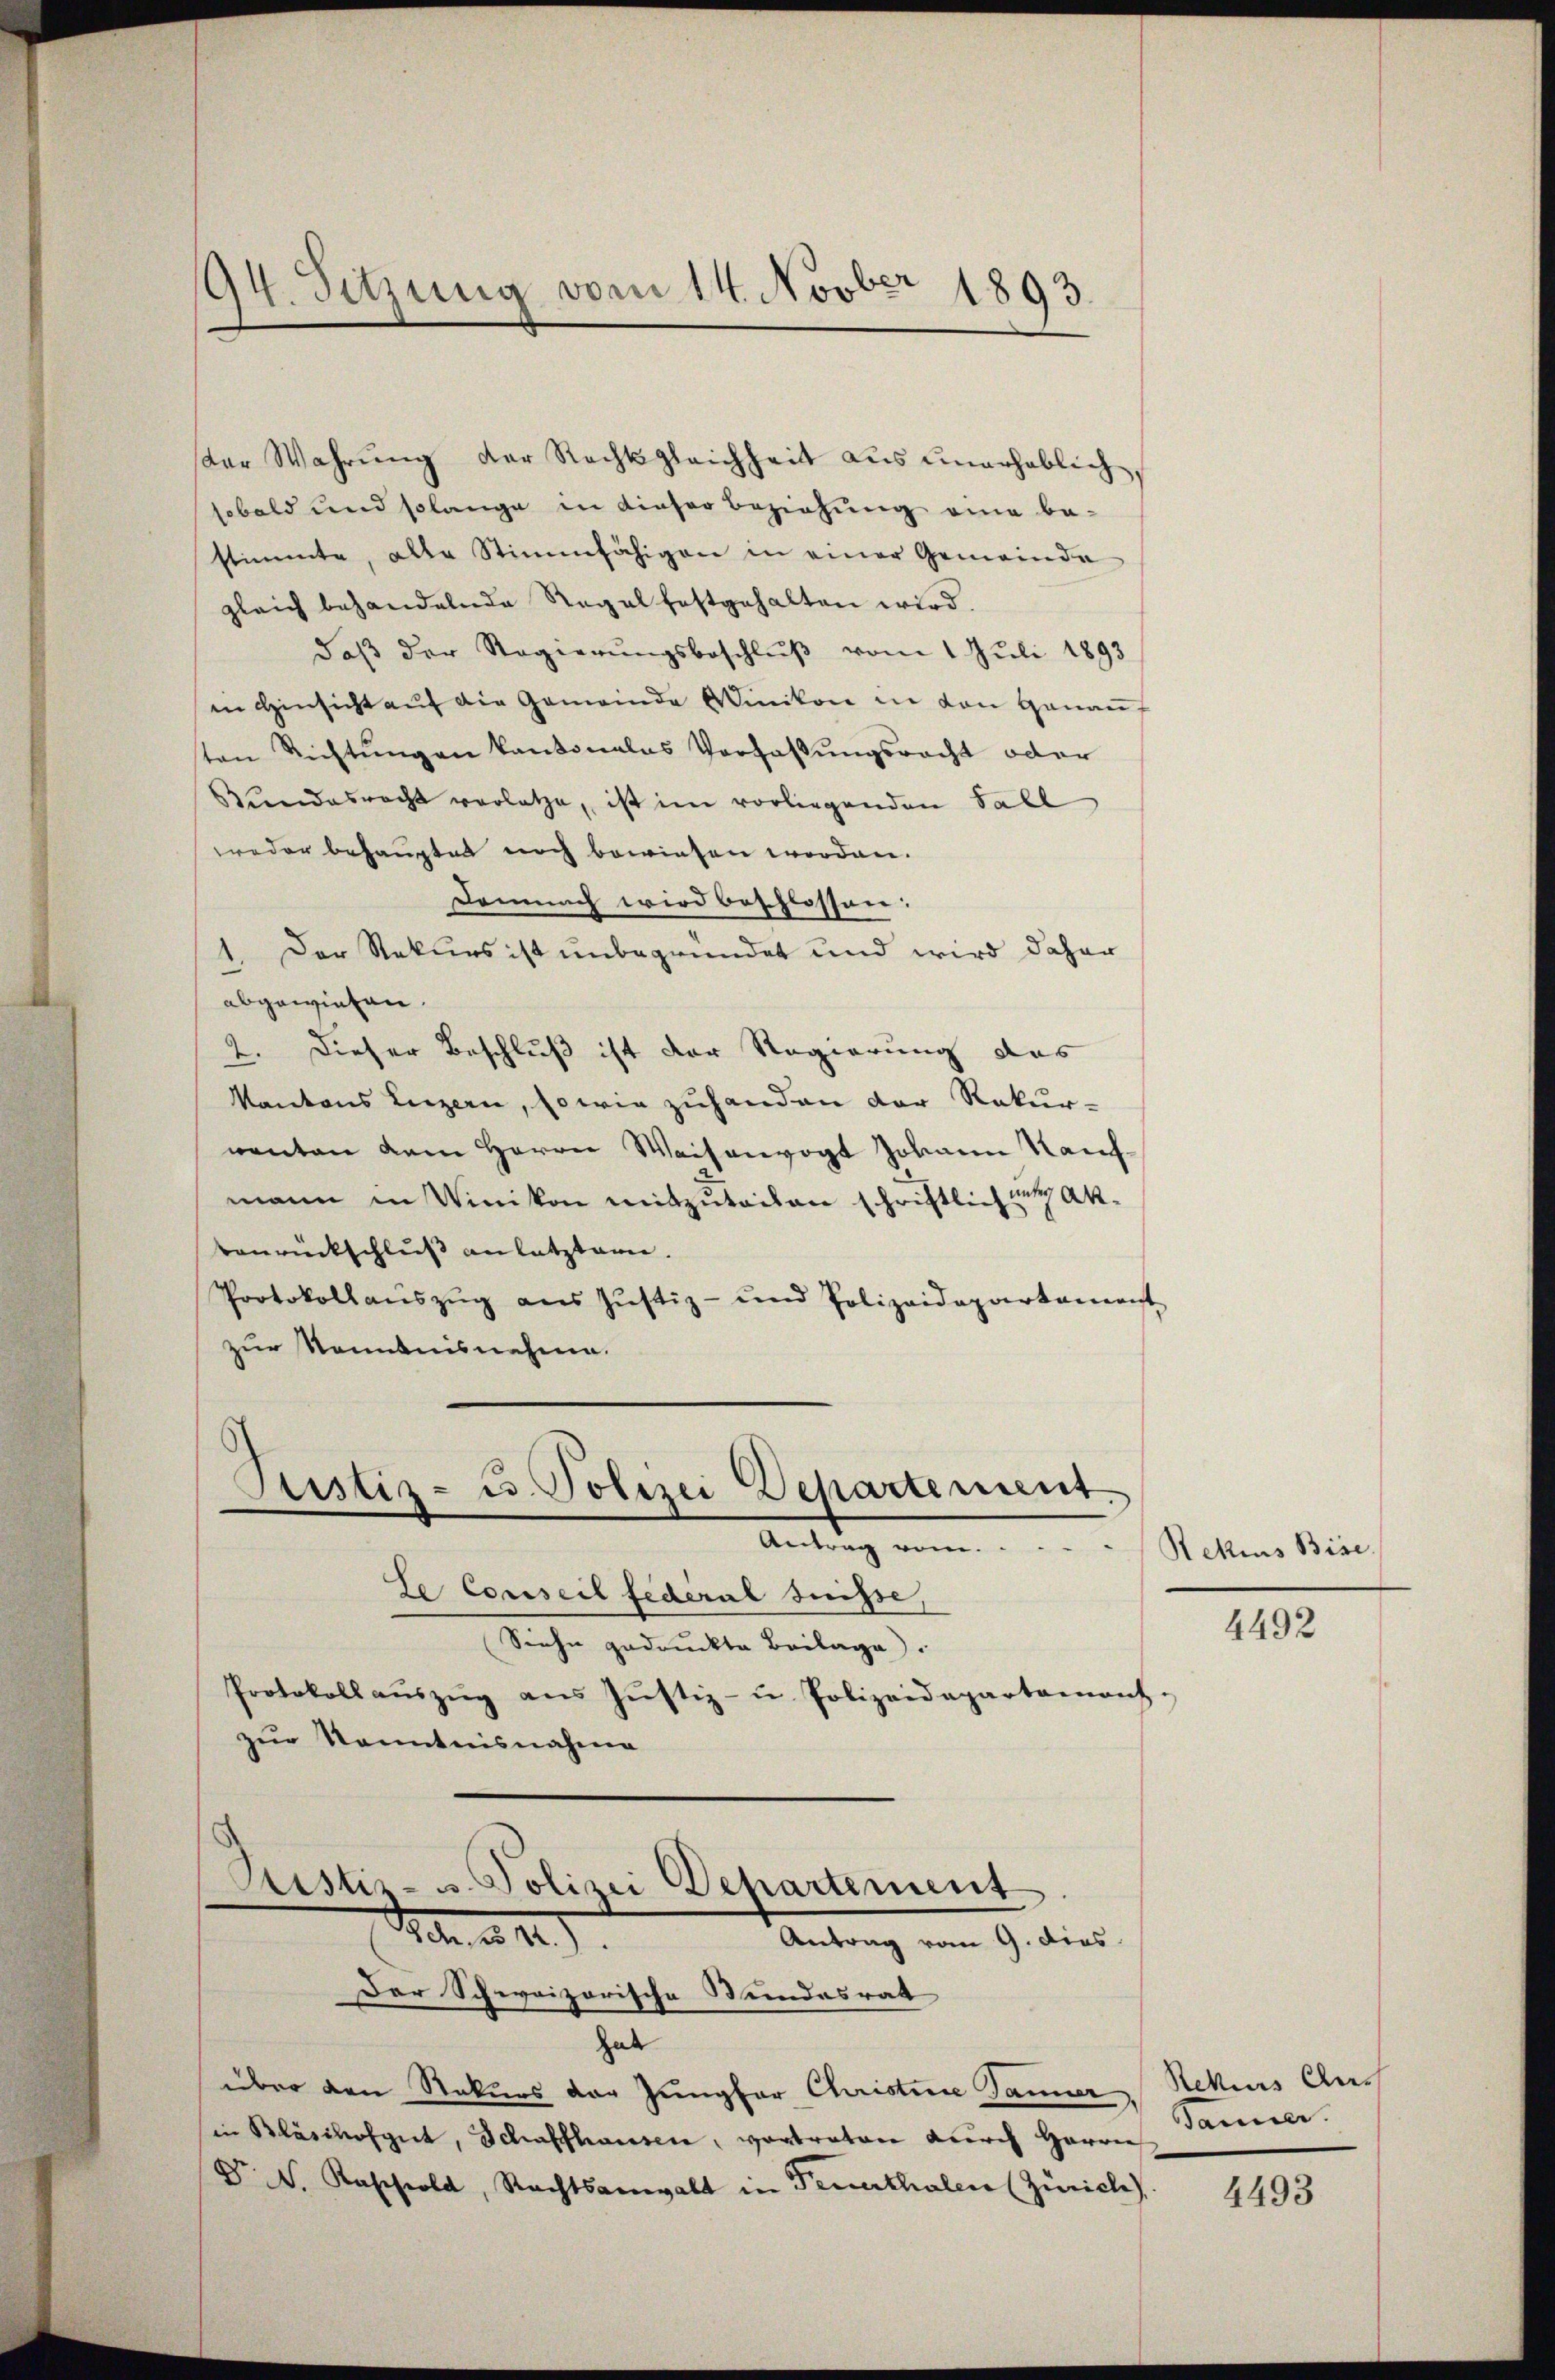
ster Wahrung der Rechtsgleichheit aus unerheblich,
sobald und solange in dieser Beziehung eine bestimmte, alle Stimmfähigen in einer Gemeinde
gleich behandelnde Regel festgehalten wird.
daβ der Regierŭngsbeschlŭβ vom 1 Juli 1893
in Hinsicht auf die Gemeinde Winikon in von Hanauf
ton Richtungen kantonales Verfassungsrecht oder
Bundesrecht vorlatze, ist im vorliegenden Fall
weder behauptet noch bewiesen worden.
Demnach wird beschlossen:
Der Rekurs ist unbegründet und wird daher
.
abgewiesen.
Dieser Beschluß ist der Regierung des
2.
Kantons Luzern, so wie zuhanden der Rekur-
wenten dem Herrn Waisenvogt Johann Kaufmann in Winikon mitzuteilen schriftlich zur Akbenrückschluß an letztern.
Protokoll aŭszŭg ans Justiz- und Polizeidepartament
zur Kenntnisnehme.
Justiz- u. Polizei Dehartement

94. Sitzung vom 14. Novber 1893.

Antrag vom

Le Conseil Federal Suisse,
Siehe gedruckte Beilage.
Protokoll aŭszŭg aŭs Jŭstiz- u Polizeidepartainanz-
zur Kenntnisnahme
Ristir- u. Polizei Departement
Von d. 4.)
Antrag vom 9. dies
Der Schweizerische Wundesrat
Gal
über den Rekurs der Jungfer Christine Jänner Rekurs Aus
in Bläsihofgut, Schaffhausen, vortraton durch Herrn Jammer.
Dr V. Raschold, Rechtsanwalt in Feuerthalen (Zürich)

Rekius Bise.

4492

4493